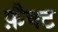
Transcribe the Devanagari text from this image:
फ़ैक्ट